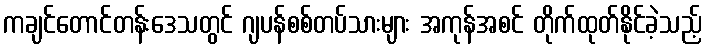
ကချင်တောင်တန်းဒေသတွင် ဂျပန်စစ်တပ်သားများ အကုန်အစင် တိုက်ထုတ်နိုင်ခဲ့သည့်